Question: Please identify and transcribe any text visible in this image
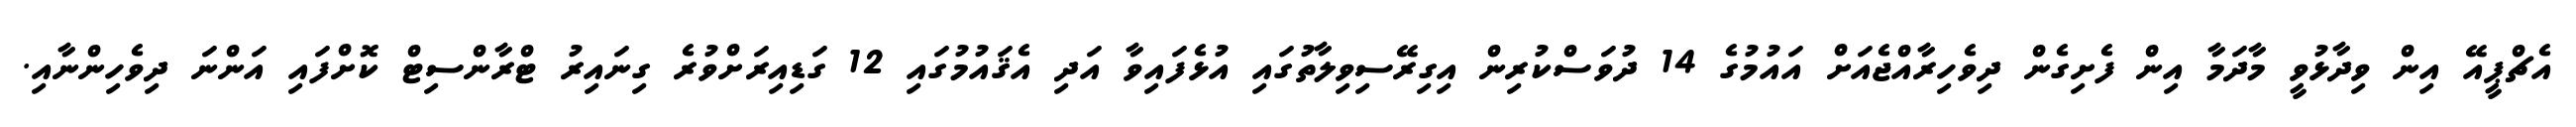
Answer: އެޗްޕީއޭ އިން ވިދާޅުވީ މާދަމާ އިން ފެށިގެން ދިވެހިރާއްޖެއަށް އައުމުގެ 14 ދުވަސްކުރިން އިގިރޭސިވިލާތުގައި އުޅެފައިވާ އަދި އެޤައުމުގައި 12 ގަޑިއިރަށްވުރެ ގިނައިރު ޓްރާންސިޓް ކޮށްފައި އަންނަ ދިވެހިންނާއި.